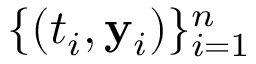
\{ ( t _ { i } , \mathbf { y } _ { i } ) \} _ { i = 1 } ^ { n }